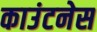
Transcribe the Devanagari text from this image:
काउंटनेस